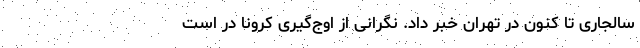
سالجاری تا کنون در تهران خبر داد. نگرانی از اوج‌گیری کرونا در است